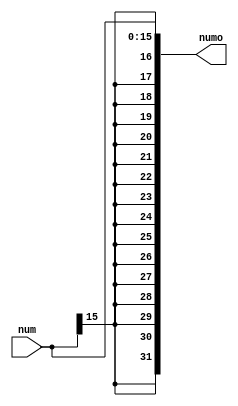
module bitExtMips(
     input  [15:0]num,
     output [31:0]numo);
     
assign numo[15:0] = num;
assign numo[16]= num[15];
assign numo[17]= num[15];
assign numo[18]= num[15];
assign numo[19]= num[15];
assign numo[20]= num[15];
assign numo[21]= num[15];
assign numo[22]= num[15];
assign numo[23]= num[15];
assign numo[24]= num[15];
assign numo[25]= num[15];
assign numo[26]= num[15];
assign numo[27]= num[15];
assign numo[28]= num[15];
assign numo[29]= num[15];
assign numo[30]= num[15];
assign numo[31]= num[15];
endmodule